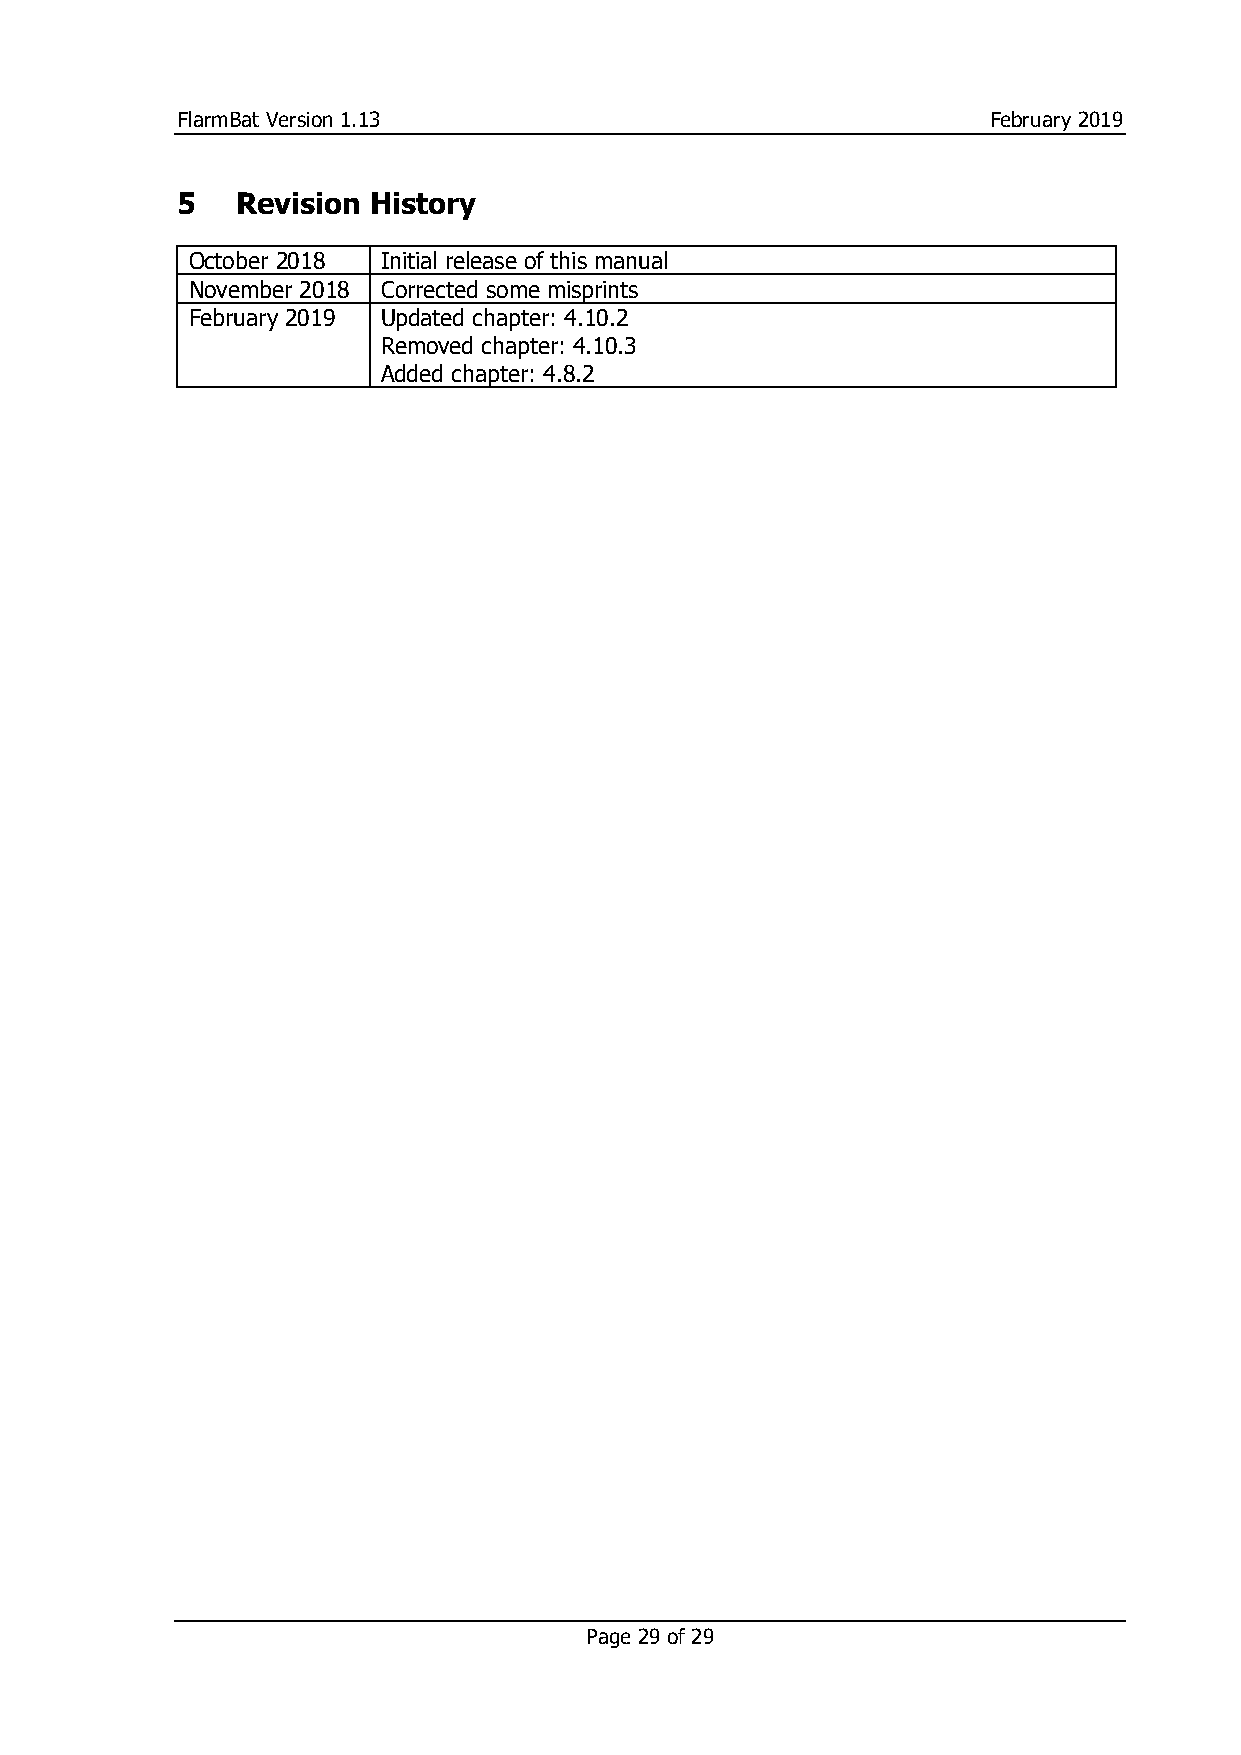
FlarmBat Version 1.13                                February 2019
 5   Revision History
 October 2018 Initial release of this manual
 November 2018 Corrected some misprints
 February 2019 Updated chapter: 4.10.2
 Removed chapter: 4.10.3
 Added chapter: 4.8.2
 Page 29 of 29